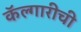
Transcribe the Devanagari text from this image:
कॅल्गारीची